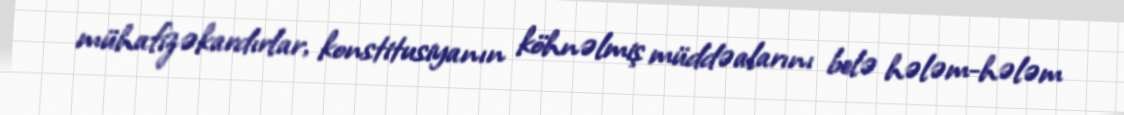
mühafizəkardırlar, konstitusiyanın köhnəlmiş müddəalarını belə hələm-hələm